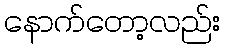
နောက်တော့လည်း